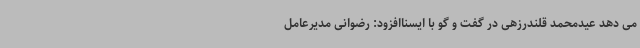
می دهد عیدمحمد قلندرزهی در گفت و گو با ایسناافزود: رضوانی مدیرعامل